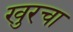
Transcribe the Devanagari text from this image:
खुरचा